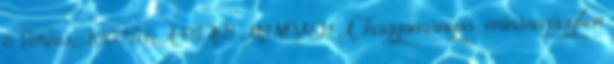
6 Veress, 2009.11.6 A PIACI MINŐSÉG A „hagyományos” minőségügyben